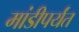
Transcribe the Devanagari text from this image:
मांडीपर्यंत